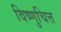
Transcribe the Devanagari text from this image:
विष्णुचित्त